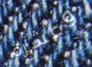
وعشرة